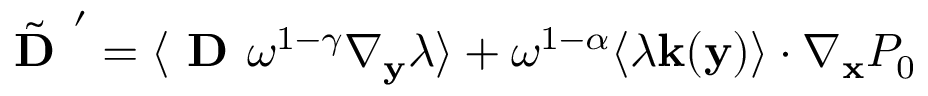
\tilde { \textbf { D } } ^ { \prime } = \langle \textbf { D } \omega ^ { 1 - \gamma } \nabla _ { \mathbf y } \lambda \rangle + \omega ^ { 1 - \alpha } \langle \lambda \mathbf k ( \mathbf y ) \rangle \cdot \nabla _ { \mathbf x } P _ { 0 }